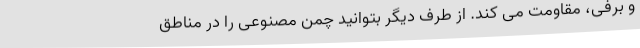
و برفی، مقاومت می کند. از طرف دیگر بتوانید چمن مصنوعی را در مناطق